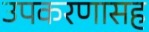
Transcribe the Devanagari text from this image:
उपकरणासह